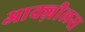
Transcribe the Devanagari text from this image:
आक्ज़ीलस